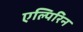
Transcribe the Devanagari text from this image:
एल्पिरिन